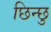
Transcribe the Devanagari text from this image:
छिन्छु